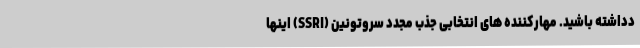
دداشته باشید. مهارکننده های انتخابی جذب مجدد سروتونین (SSRI) اینها